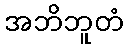
အဘိဘူတံ